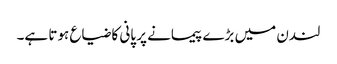
لندن میں بڑے پیمانے پر پانی کا ضیاع ہوتا ہے۔